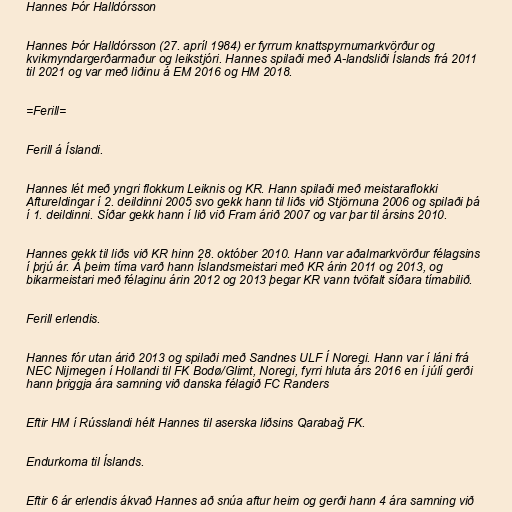
Hannes Þór Halldórsson

Hannes Þór Halldórsson (27. apríl 1984) er fyrrum knattspyrnumarkvörður og
kvikmyndargerðarmaður og leikstjóri. Hannes spilaði með A-landsliði Íslands frá 2011
til 2021 og var með liðinu á EM 2016 og HM 2018.

=Ferill=

Ferill á Íslandi.

Hannes lét með yngri flokkum Leiknis og KR. Hann spilaði með meistaraflokki
Aftureldingar í 2. deildinni 2005 svo gekk hann til liðs við Stjörnuna 2006 og spilaði þá
í 1. deildinni. Síðar gekk hann í lið við Fram árið 2007 og var þar til ársins 2010.

Hannes gekk til liðs við KR hinn 28. október 2010. Hann var aðalmarkvörður félagsins
í þrjú ár. Á þeim tíma varð hann Íslandsmeistari með KR árin 2011 og 2013, og
bikarmeistari með félaginu árin 2012 og 2013 þegar KR vann tvöfalt síðara tímabilið.

Ferill erlendis.

Hannes fór utan árið 2013 og spilaði með Sandnes ULF Í Noregi. Hann var í láni frá
NEC Nijmegen í Hollandi til FK Bodø/Glimt, Noregi, fyrri hluta árs 2016 en í júlí gerði
hann þriggja ára samning við danska félagið FC Randers

Eftir HM í Rússlandi hélt Hannes til aserska liðsins Qarabağ FK.

Endurkoma til Íslands.

Eftir 6 ár erlendis ákvað Hannes að snúa aftur heim og gerði hann 4 ára samning við